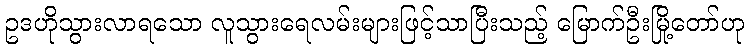
ဥဒဟိုသွားလာရသော လူသွားရေလမ်းများဖြင့်သာပြီးသည့် မြောက်ဦးမြို့တော်ဟု